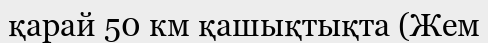
қарай 50 км қашықтықта (Жем